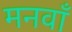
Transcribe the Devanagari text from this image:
मनवाँ